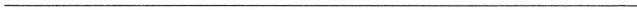
___